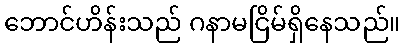
ဘောင်ဟိန်းသည် ဂနာမငြိမ်ရှိနေသည်။